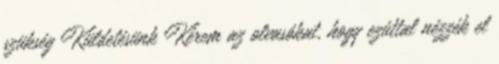
szükség Küldetésünk Kérem az olvasókat, hogy ezúttal nézzék el